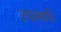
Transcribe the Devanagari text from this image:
उपलबधि